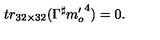
t r _ { 3 2 \times 3 2 } ( \Gamma ^ { \sharp } { m _ { o } ^ { \prime } } ^ { 4 } ) = 0 .